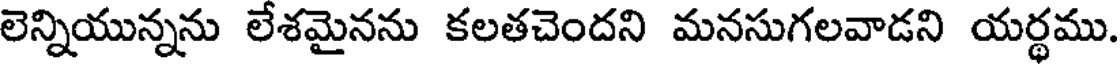
లెన్నియున్నను లేశమైనను కలతచెందని మనసుగలవాడని యర్థము.